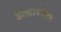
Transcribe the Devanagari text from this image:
डेव्हलपमेन्टन